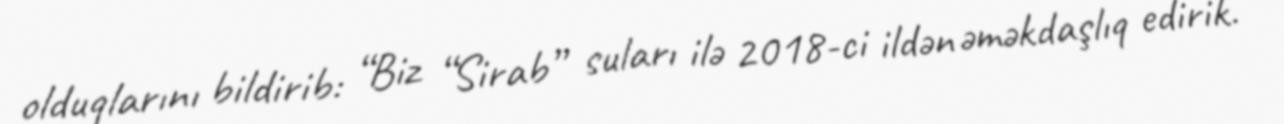
olduqlarını bildirib: “Biz “Sirab” suları ilə 2018-ci ildən əməkdaşlıq edirik.